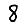
Digit: 8